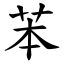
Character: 苯